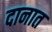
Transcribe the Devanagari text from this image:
दानात